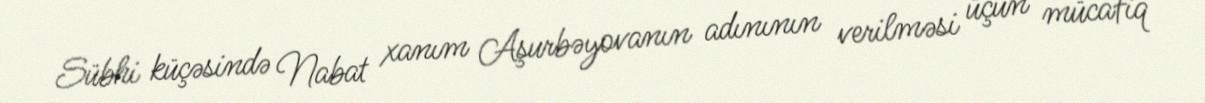
Sübhi küçəsində Nabat xanım Aşurbəyovanın adınının verilməsi üçün mücafiq